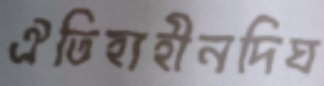
ঐতিহ্যহীনদিঘ